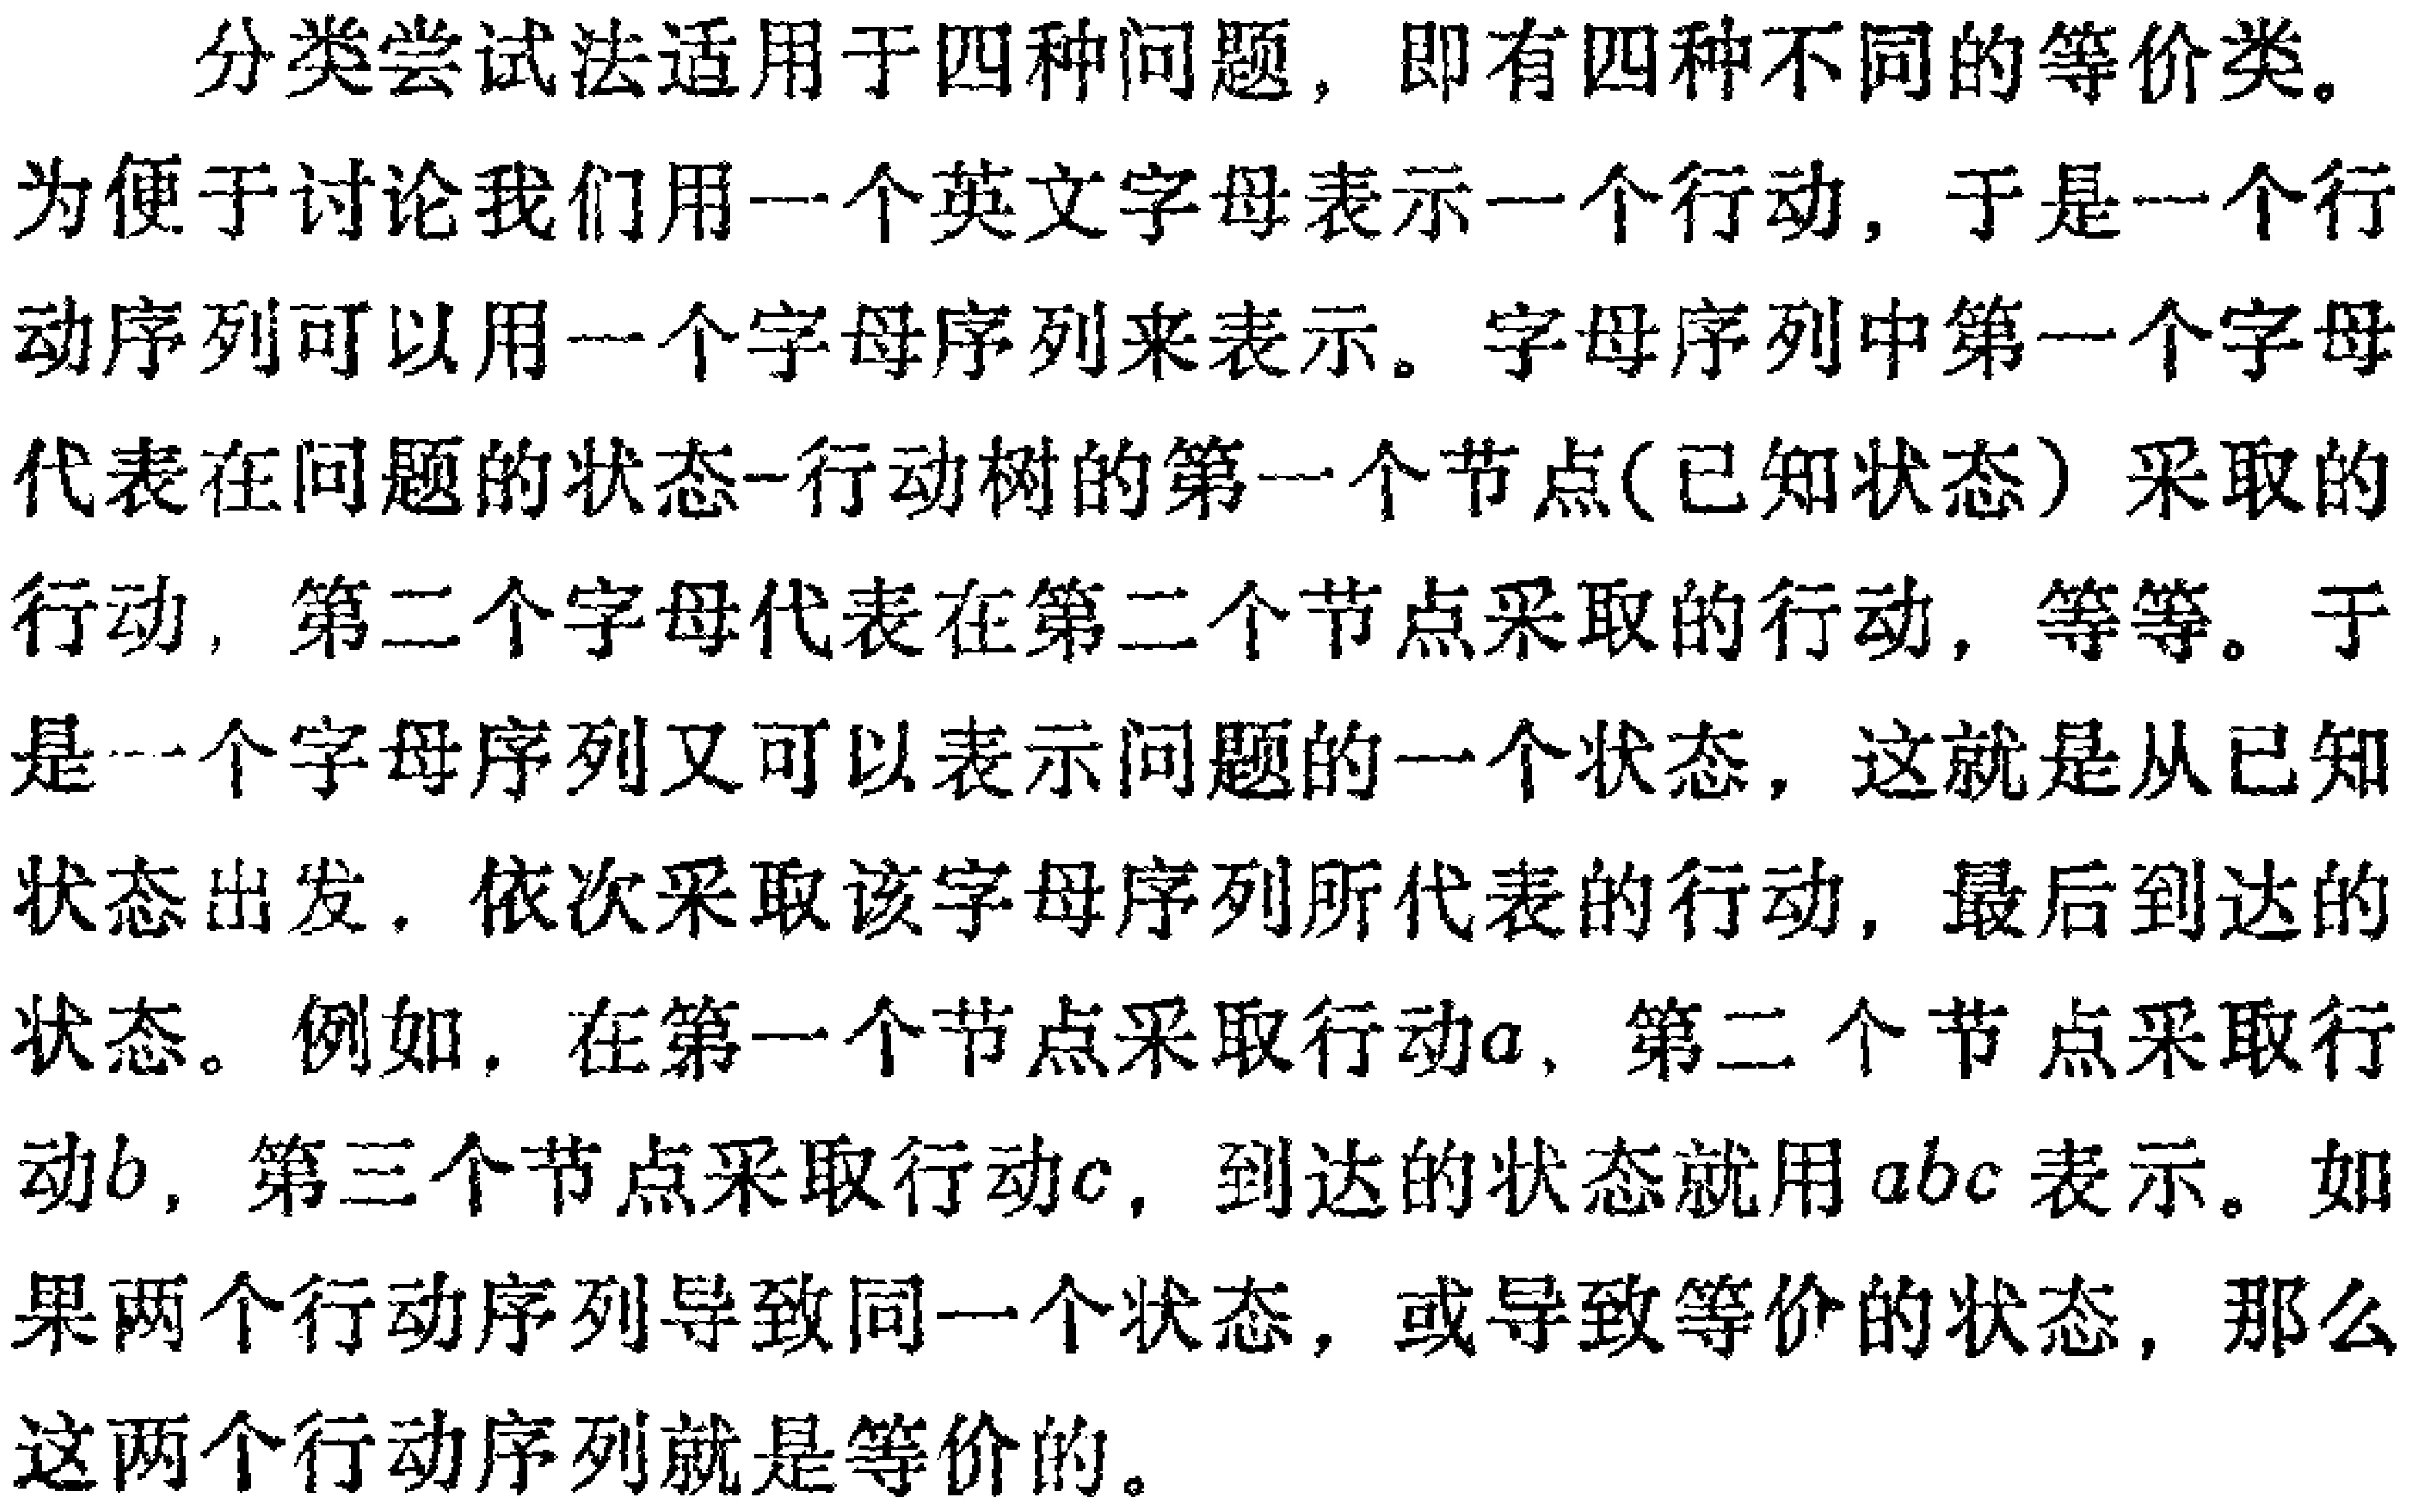
分类尝试法适用于四种问题，即有四种不同的等价类。

为便于讨论我们用一个英文字母表示一个行动，于是一个行动序列可以用一个字母序列来表示。字母序列中第一个字母代表在问题的状态-行动树的第一个节点(已知状态）采取的行动，第二个字母代表在第二个节点采取的行动，等等。于是一个字母序列又可以表示问题的一个状态，这就是从已知状态出发，依次采取该字母序列所代表的行动，最后到达的状态。例如，在第一个节点采取行动\(a\)，第二个节点采取行动\(b\)，第三个节点采取行动\(c\)，到达的状态就用\(abc\)表示。如果两个行动序列导致同一个状态，或导致等价的状态，那么这两个行动序列就是等价的。